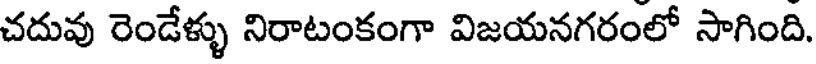
చదువు రెండేళ్ళు నిరాటంకంగా విజయనగరంలో సాగింది.